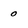
Character: 0